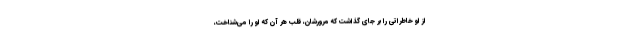
از او خاطراتی را بر جای گذاشت که مرورشان، قلب هر آن که او را می‌شناخت،